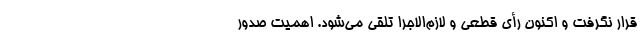
قرار نگرفت و اکنون رأی قطعی و لازم‌الاجرا تلقی می‌شود. اهمیت صدور